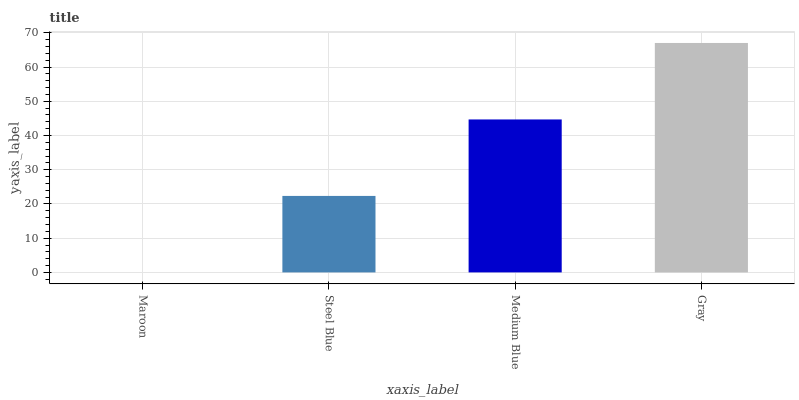
| xaxis_label | bars |
 | --- | --- |
 | Maroon | 0 |
 | Steel Blue | 22.3 |
 | Medium Blue | 44.7 |
 | Gray | 67 |